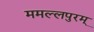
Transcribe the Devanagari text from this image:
ममल्लपुरम्